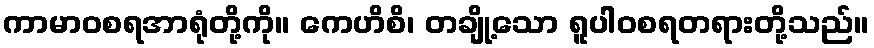
ကာမာဝစရအာရုံတို့ကို။ ကေဟိစိ၊ တချို့သော ရူပါဝစရတရားတို့သည်။